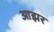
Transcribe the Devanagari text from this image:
आझर